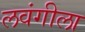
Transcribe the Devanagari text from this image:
लवंगीला